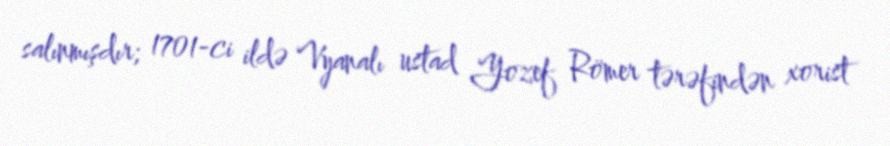
salınmışdır; 1701-ci ildə Vyanalı ustad Yozef Römer tərəfindən xorist